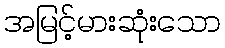
အမြင့်မားဆုံးသော